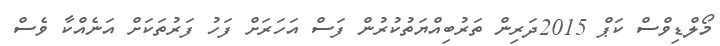
މޯލްޑިވްސް ކަޕް 2015ދަރިން ތަރުބިއްޔަތުކުރުން ފަސް އަހަރަށް ފަހު ފަރުތަކަށް އަނެއްކާ ވެސް